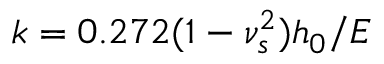
k = 0 . 2 7 2 ( 1 - \nu _ { s } ^ { 2 } ) h _ { 0 } / E